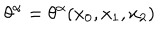
\theta ^ { \alpha } = \theta ^ { \alpha } ( x _ { 0 } , x _ { 1 } , x _ { 2 } )